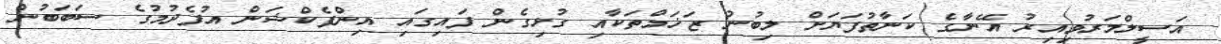
އަސީލްމަރުވިއިރު އޭނާގެ ކަނާތުފަޔަށް ލިބުނު ޒަޚަމްތަކާއި ގުޅިގެން ފައިގައި އިންފެކްޝަން އުފެދުމުގެ ސަބަބުން